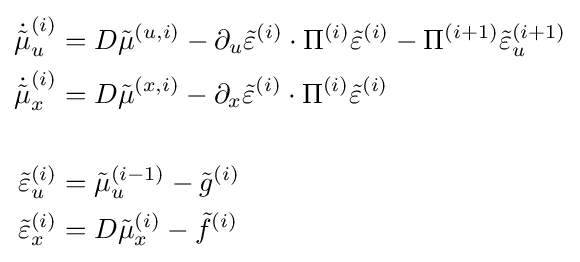
{\begin{aligned}{\dot {\tilde {\mu }}}_{u}^{(i)}&=D{\tilde {\mu }}^{(u,i)}-\partial _{u}{\tilde {\varepsilon }}^{(i)}\cdot \Pi ^{(i)}{\tilde {\varepsilon }}^{(i)}-\Pi ^{(i+1)}{\tilde {\varepsilon }}_{u}^{(i+1)}\\{\dot {\tilde {\mu }}}_{x}^{(i)}&=D{\tilde {\mu }}^{(x,i)}-\partial _{x}{\tilde {\varepsilon }}^{(i)}\cdot \Pi ^{(i)}{\tilde {\varepsilon }}^{(i)}\\\\{\tilde {\varepsilon }}_{u}^{(i)}&={\tilde {\mu }}_{u}^{(i-1)}-{\tilde {g}}^{(i)}\\{\tilde {\varepsilon }}_{x}^{(i)}&=D{\tilde {\mu }}_{x}^{(i)}-{\tilde {f}}^{(i)}\end{aligned}}